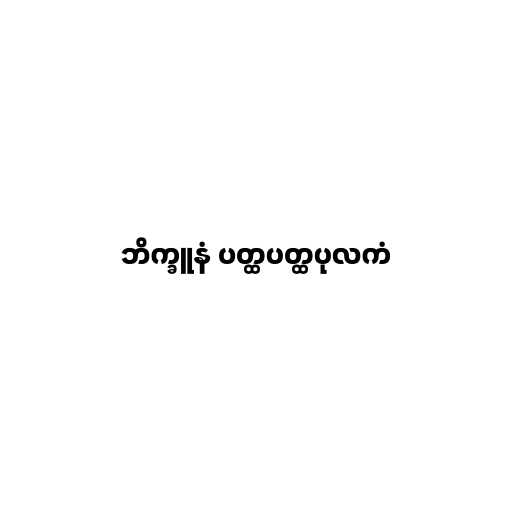
ဘိက္ခူနံ ပတ္ထပတ္ထပုလကံ